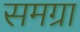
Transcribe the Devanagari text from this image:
समग्रा